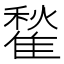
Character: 䨂